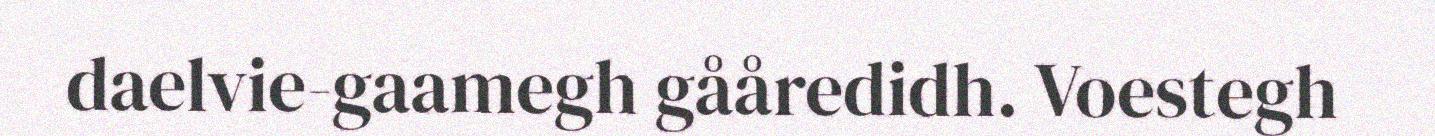
daelvie-gaamegh gååredidh. Voestegh